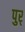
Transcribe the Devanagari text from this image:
पुर्